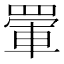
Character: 𮊋